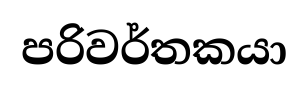
පරිවර්තකයා